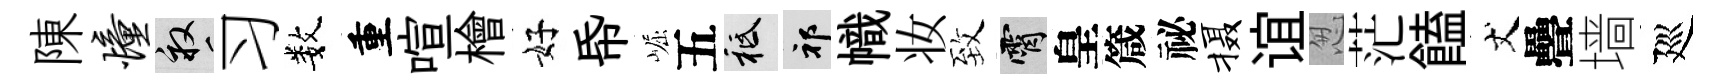
陳憧畝习数重喧檜好帋崛五祇祁幟妆致霄皇箴祕摄谊怱茫饁丈疊墙廵